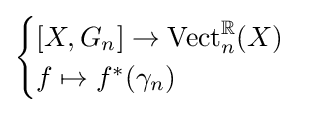
{\begin{cases}[X,G_{n}]\to \operatorname {Vect} _{n}^{\mathbb {R} }(X)\\f\mapsto f^{*}(\gamma _{n})\end{cases}}